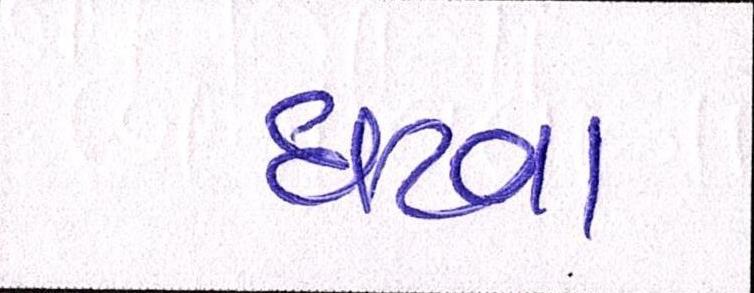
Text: ઘટવા